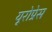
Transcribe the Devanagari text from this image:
यूरोप्रेस